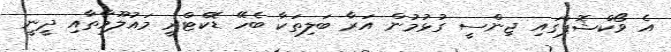
އެ ވޯކްޝޮޕްގައި ޖިންސީ ގުޅުމުން އަރާ ބަލިތަކާ ބެހޭ ޑޮކްޓްރީ މައުލޫމާތާއި ދީނީ